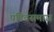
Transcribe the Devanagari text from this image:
पंडितसमाज